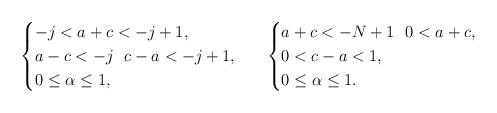
LaTeX: \begin{align*} \begin{cases} -j<a+c<-j+1,\\ a-c<-j\ \ c-a<-j+1,\\ 0\le\alpha\le1, \end{cases}\ \ \begin{cases} a+c<-N+1\ \ 0<a+c,\\ 0<c-a<1,\\ 0\le\alpha\le1. \end{cases} \end{align*}